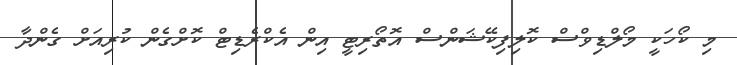
މި ކޯހަކީ މޯލްޑިވްސް ކޮލިފިކޭޝަންސް އޮތޯރިޓީ އިން އެކްރެޑިޓް ކޮށްގެން ކުރިއަށް ގެންދާ